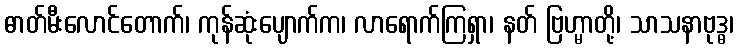
ဓာတ်မီးလောင်တောက်၊ ကုန်ဆုံးပျောက်က၊ လာရောက်ကြရှာ၊ နတ် ဗြဟ္မာတို့၊ သာသနာဗုဒ္ဓ၊